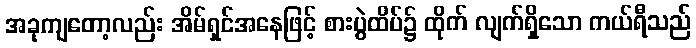
အခုကျတော့လည်း အိမ်ရှင်အနေဖြင့် စားပွဲထိပ်၌ ထိုက် လျက်ရှိသော ကယ်ရီသည်